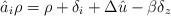
LaTeX: \begin{align*} \hat{a}_i \rho &= \rho + \delta_i + \Delta \hat{u} - \beta \delta_z \end{align*}